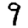
Digit: 9